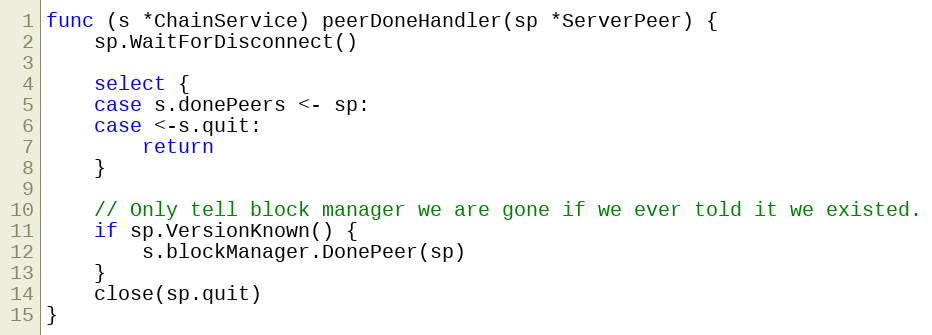
Language: Go
func (s *ChainService) peerDoneHandler(sp *ServerPeer) {
	sp.WaitForDisconnect()

	select {
	case s.donePeers <- sp:
	case <-s.quit:
		return
	}

	// Only tell block manager we are gone if we ever told it we existed.
	if sp.VersionKnown() {
		s.blockManager.DonePeer(sp)
	}
	close(sp.quit)
}